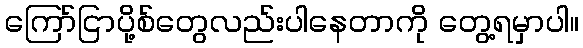
ကြော်ငြာပို့စ်တွေလည်းပါနေတာကို တွေ့ရမှာပါ။